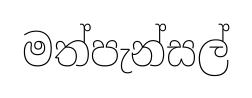
මත්පැන්සල්